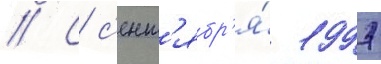
// С с'ент'ябр'я́ 1997